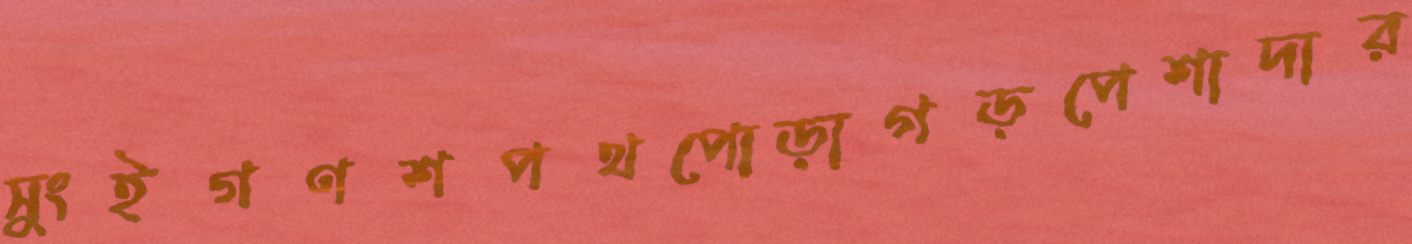
সুংইগণশপথপোড়াগড়পেশাদার